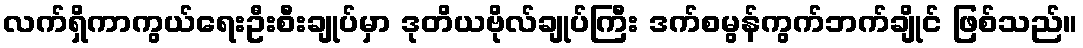
လက်ရှိကာကွယ်ရေးဦးစီးချုပ်မှာ ဒုတိယဗိုလ်ချုပ်ကြီး ဒက်စမွန်ကွက်ဘက်ချိုင် ဖြစ်သည်။